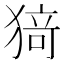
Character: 𭸟